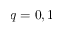
q = 0 , 1